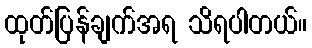
ထုတ်ပြန်ချက်အရ သိရပါတယ်။